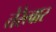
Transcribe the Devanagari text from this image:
तेरेत्वार